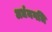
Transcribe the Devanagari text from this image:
अर्धमगधि